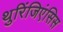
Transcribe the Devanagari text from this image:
थुरिंजिएंसिस